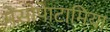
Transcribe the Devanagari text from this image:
मेसोपेाटामिया